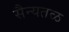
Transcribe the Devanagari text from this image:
सैन्यतळ